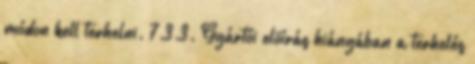
módon kell terhelni. 7.3.3. Gyártói elõírás hiányában a terhelés